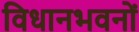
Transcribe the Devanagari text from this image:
विधानभवनों